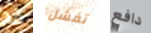
قد تفشل دافع